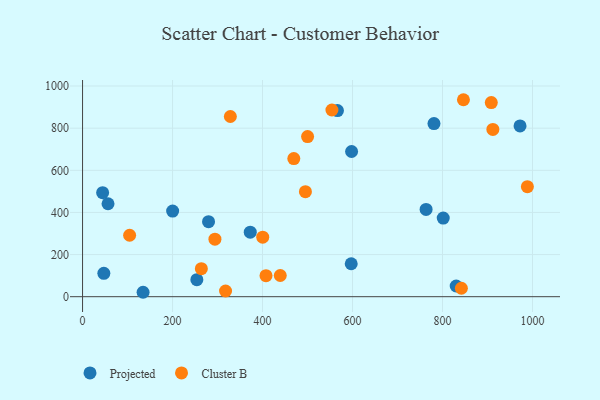
{"axis": {"x": "Engine Size", "y": "Sales"}, "legend": ["Cluster B", "Projected"], "data": [{"x": "56.6", "y": 441.2, "type": "Projected"}, {"x": "134.5", "y": 21.0, "type": "Projected"}, {"x": "830.4", "y": 50.9, "type": "Projected"}, {"x": "597.1", "y": 156.4, "type": "Projected"}, {"x": "801.6", "y": 373.2, "type": "Projected"}, {"x": "372.7", "y": 306.4, "type": "Projected"}, {"x": "566.5", "y": 883.6, "type": "Projected"}, {"x": "254.0", "y": 81.0, "type": "Projected"}, {"x": "280.0", "y": 356.3, "type": "Projected"}, {"x": "781.0", "y": 822.0, "type": "Projected"}, {"x": "44.6", "y": 494.0, "type": "Projected"}, {"x": "972.3", "y": 810.6, "type": "Projected"}, {"x": "200.2", "y": 406.5, "type": "Projected"}, {"x": "47.3", "y": 111.1, "type": "Projected"}, {"x": "597.9", "y": 689.2, "type": "Projected"}, {"x": "763.5", "y": 414.2, "type": "Projected"}, {"x": "294.2", "y": 273.0, "type": "Cluster B"}, {"x": "439.4", "y": 100.6, "type": "Cluster B"}, {"x": "988.6", "y": 522.1, "type": "Cluster B"}, {"x": "407.7", "y": 100.0, "type": "Cluster B"}, {"x": "317.8", "y": 27.1, "type": "Cluster B"}, {"x": "104.6", "y": 291.8, "type": "Cluster B"}, {"x": "841.9", "y": 40.1, "type": "Cluster B"}, {"x": "554.2", "y": 886.3, "type": "Cluster B"}, {"x": "500.1", "y": 760.1, "type": "Cluster B"}, {"x": "495.3", "y": 498.6, "type": "Cluster B"}, {"x": "911.9", "y": 793.9, "type": "Cluster B"}, {"x": "400.4", "y": 282.6, "type": "Cluster B"}, {"x": "328.5", "y": 855.4, "type": "Cluster B"}, {"x": "846.5", "y": 935.0, "type": "Cluster B"}, {"x": "264.0", "y": 132.8, "type": "Cluster B"}, {"x": "908.4", "y": 921.3, "type": "Cluster B"}, {"x": "469.5", "y": 655.5, "type": "Cluster B"}]}